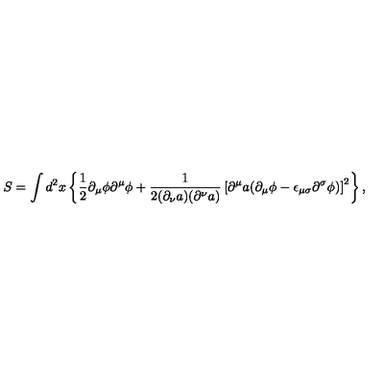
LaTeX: S = \int d ^ { 2 } x \left\{ { \frac 1 2 } { \partial } _ { \mu } { \phi } { \partial } ^ { \mu } { \phi } + \frac { 1 } { 2 ( { \partial } _ { \nu } a ) ( { \partial } ^ { \nu } a ) } \left[ { \partial } ^ { \mu } a ( { \partial } _ { \mu } { \phi } - { \epsilon } _ { { \mu } { \sigma } } { \partial } ^ { \sigma } { \phi } ) \right] ^ { 2 } \right\} ,